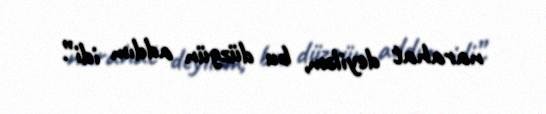
narahat deyiləm, bu düzgün addım idi”.